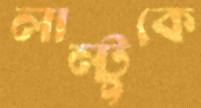
লাল্টুকে